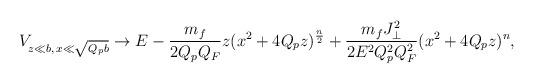
LaTeX: \begin{align*}V_{z\ll b,\,x\ll\sqrt{Q_pb}}\to E-{{m_f}\over{2Q_pQ_F}}z(x^2+4Q_pz)^{n\over 2}+{{m_fJ^2_{\perp}}\over{2E^2Q^2_pQ^2_F}}(x^2+4Q_pz)^n,\end{align*}